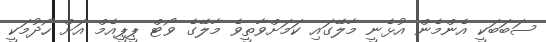
ސަބަބަކީ އެންމެން އުޅެނީ މާލޭގައި ކަމަށްވާތީވެ މާލޭގެ ވޯޓް ޕީޕީއެމް އަށް ހޯދުމަކީ